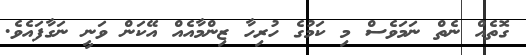
ގޮތެއް ނެތް ނަމަވެސް މި ކަމުގެ ހުރިހާ ޒިންމާއެއް އޭކަން ވަނީ ނަގާފައެވެ.